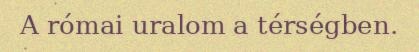
A római uralom a térségben.